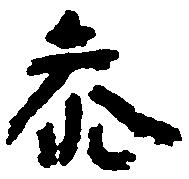
参